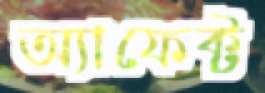
অ্যাফেক্ট